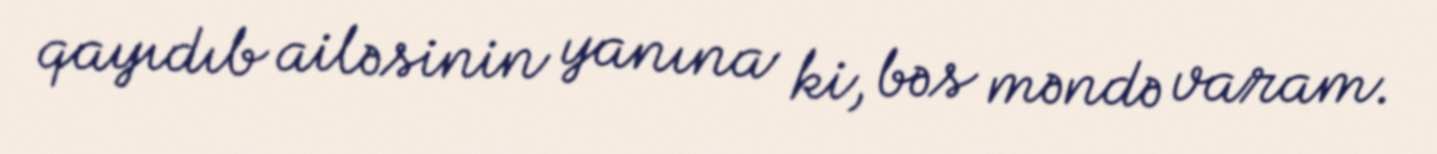
qayıdıb ailəsinin yanına ki, bəs məndə varam.